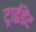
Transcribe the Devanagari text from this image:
ट्राईडेंट